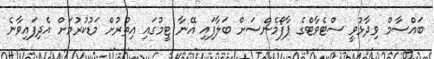
ބައްސާމް ވިދާޅުވީ ސްޓެވާޓްގެ ޕާފޯމެންސަށް ބަލާފައި އޭނާ ޓީމުގައި އިތުރުށް މަޑުކުރުމަށް އެދިފައިވާނެ